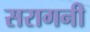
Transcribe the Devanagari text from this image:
सरागनी